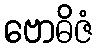
ဗောဓိဇံ